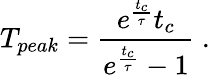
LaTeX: T_{peak}=\frac{e^{\frac{t_{c}}{\tau}}t_{c}}{e^{\frac{t_{c}}{\tau}}-1}~.